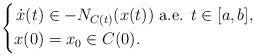
LaTeX: \begin{align*}\left\{ \begin{aligned} \dot{x}(t)&\in -N_{C(t)}(x(t)) \textrm{ a.e. } t\in [a,b],\\ x(0)&=x_0\in C(0). \end{aligned} \right.\end{align*}